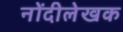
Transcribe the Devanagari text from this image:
नोंदीलेखक